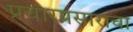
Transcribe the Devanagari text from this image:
प्रचारप्रसाराचा